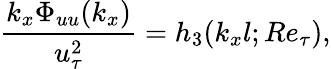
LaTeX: \frac{k_{x}\Phi_{uu}(k_{x})}{u_{\tau}^{2}}=h_{3}(k_{x}l;Re_{\tau}),